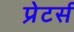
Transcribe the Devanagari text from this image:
प्रेटर्स